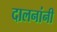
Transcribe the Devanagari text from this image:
दालनांनी